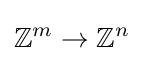
\mathbb {Z} ^{m}\rightarrow \mathbb {Z} ^{n}